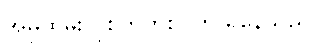
အမှုထမ်းလိုစိတ်တစ်ဝက် ရှိနေသည်။